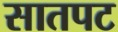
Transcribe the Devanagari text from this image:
सातपट